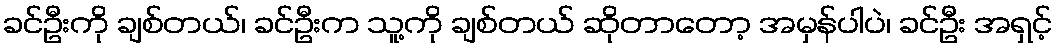
ခင်ဦးကို ချစ်တယ်၊ ခင်ဦးက သူ့ကို ချစ်တယ် ဆိုတာတော့ အမှန်ပါပဲ၊ ခင်ဦး အရှင့်